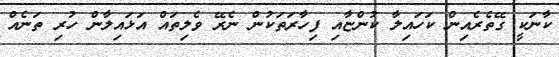
ކާނަކީ ގޭތެރެއިން ކަހައިލާ ކުންޏާއި ފިހާރަތަކުން ނެރޭ ވެލިތައް އަޅައިލާން ހުރި ތަނެއް